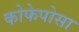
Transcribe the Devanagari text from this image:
कोफेपोसा